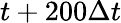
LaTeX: t+200\Delta t